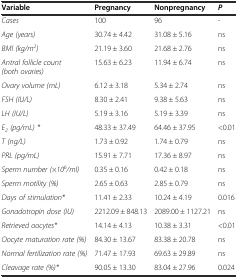
<table><thead><tr><td><b>Variable</b></td><td><b>Pregnancy</b></td><td><b>Nonpregnancy</b></td><td><b><i>P</i></b></td></tr></thead><tbody><tr><td><i>Cases</i></td><td>100</td><td>96</td><td>-</td></tr><tr><td><i>Age (years)</i></td><td>30.74 ± 4.42</td><td>31.08 ± 5.16</td><td>ns</td></tr><tr><td><i>BMI (kg/m</i><sup><i>2</i></sup><i>)</i></td><td>21.19 ± 3.60</td><td>21.68 ± 2.76</td><td>ns</td></tr><tr><td><i>Antral follicle count (both ovaries)</i></td><td>15.63 ± 6.23</td><td>11.94 ± 6.74</td><td>ns</td></tr><tr><td><i>Ovary volume (mL)</i></td><td>6.12 ± 3.18</td><td>5.34 ± 2.74</td><td>ns</td></tr><tr><td><i>FSH (IU/L)</i></td><td>8.30 ± 2.41</td><td>9.38 ± 5.63</td><td>ns</td></tr><tr><td><i>LH (IU/L)</i></td><td>5.19 ± 3.16</td><td>5.19 ± 3.39</td><td>ns</td></tr><tr><td><i>E</i><sub><i>2</i></sub><i>(pg/mL) *</i></td><td>48.33 ± 37.49</td><td>64.46 ± 37.95</td><td>&lt;0.01</td></tr><tr><td><i>T (ng/L)</i></td><td>1.73 ± 0.92</td><td>1.74 ± 0.79</td><td>ns</td></tr><tr><td><i>PRL (pg/mL)</i></td><td>15.91 ± 7.71</td><td>17.36 ± 8.97</td><td>ns</td></tr><tr><td><i>Sperm number (×10</i><sup><i>6</i></sup><i>/ml)</i></td><td>0.35 ± 0.16</td><td>0.42 ± 0.18</td><td>ns</td></tr><tr><td><i>Sperm motility (%)</i></td><td>2.65 ± 0.63</td><td>2.85 ± 0.79</td><td>ns</td></tr><tr><td><i>Days of stimulation*</i></td><td>11.41 ± 2.33</td><td>10.24 ± 4.19</td><td>0.016</td></tr><tr><td><i>Gonadotropin dose (IU)</i></td><td>2212.09 ± 848.13</td><td>2089.00 ± 1127.21</td><td>ns</td></tr><tr><td><i>Retrieved oocytes*</i></td><td>14.14 ± 4.13</td><td>10.38 ± 3.31</td><td>&lt;0.01</td></tr><tr><td><i>Oocyte maturation rate (%)</i></td><td>84.30 ± 13.67</td><td>83.38 ± 20.78</td><td>ns</td></tr><tr><td><i>Normal fertilization rate (%)</i></td><td>71.47 ± 17.93</td><td>69.63 ± 29.89</td><td>ns</td></tr><tr><td><i>Cleavage rate (%)*</i></td><td>90.05 ± 13.30</td><td>83.04 ± 27.96</td><td>0.024</td></tr></tbody></table>